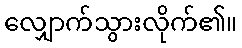
လျှောက်သွားလိုက်၏။